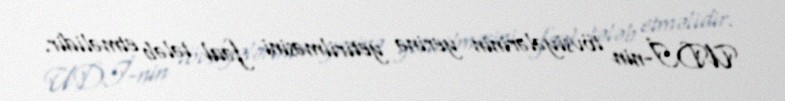
UDİ-nin tövsiyələrinin yerinə yetirilməsini fəal tələb etməlidir.